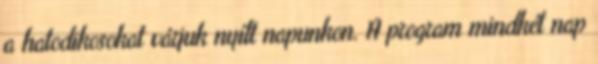
a hatodikosokat várjuk nyílt napunkon. A program mindkét nap